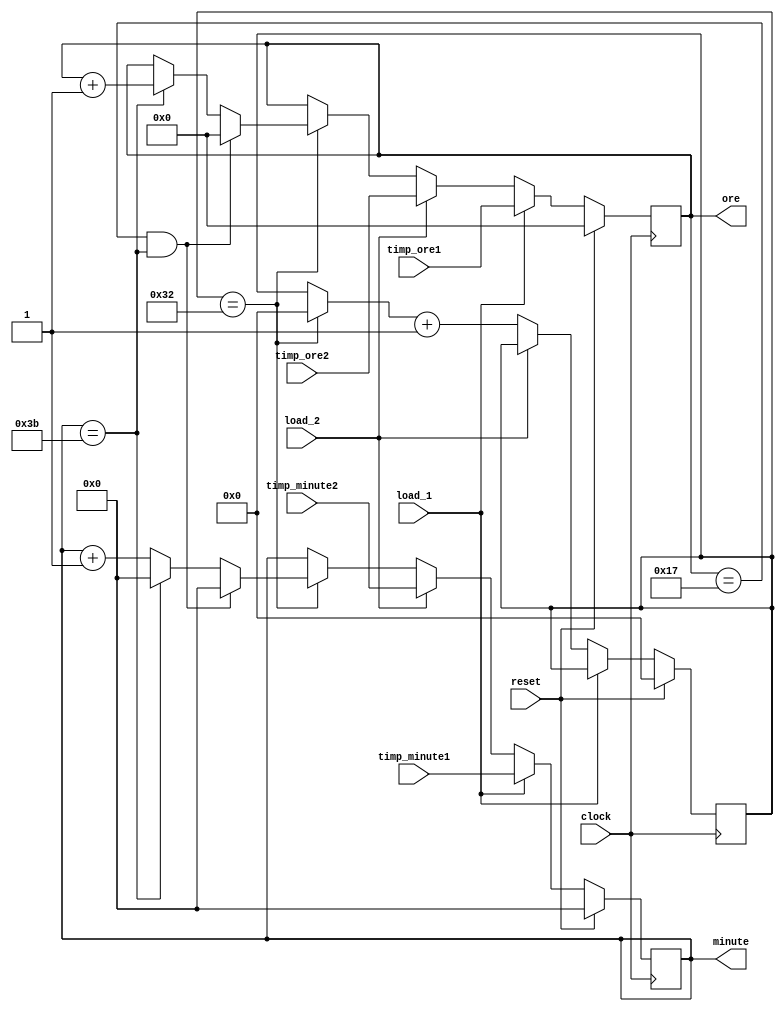
`timescale 1ns / 1ps
//////////////////////////////////////////////////////////////////////////////////
// Company: 
// Engineer: 
// 
// Design Name: 
// Module Name:    Counter-timp 
// Project Name: 
// Target Devices: 
// Tool versions: 
// Description: 
//
// Dependencies: 
//
// Revision: 
// Revision 0.01 - File Created
// Additional Comments: 
//
//////////////////////////////////////////////////////////////////////////////////
module counter_timp(
     timp_ore1,
	  timp_minute1, 
	  timp_ore2,
	  timp_minute2,
	  ore,
	  minute,
     load_1,   // pt setare manuala
     load_2,	//pt setare uart
	  clock,
	  reset
    );
	 input [4:0] timp_ore1;
	 input [5:0] timp_minute1; 
	 input [4:0] timp_ore2;
	 input [5:0] timp_minute2;
	 input load_1;
	 input load_2;
	 input clock;
	 input reset;

	 
	 output [4:0] ore;
	 output [5:0] minute;
	 
	 reg [4:0] out_ore;
	 reg [5:0] out_minute;
	 
	 reg [5:0] minute;
	 reg [4:0] ore;
	 
	 // cati cloci pt un minut  
	 reg [26:0] counter;
	 reg [26:0] counter_out;
	 
always @ (*) begin
	out_ore = ore;
	out_minute = minute;
	counter_out = counter;
	if( counter == 'd50) begin // 50000000 pt 1 secunda timp real 
		counter_out = 'd0;
			if(ore == 'd23 && minute == 'd59)  begin //la ora 23:59 se va trece la 00:00
				out_ore = 'd0;
				out_minute = 'd0;
			
			end else
				if(minute == 'd59)  begin // la minutul 59 se va trece la 00
					out_ore = out_ore + 'd1;
					out_minute = 'd0;
				end else begin
					out_minute = out_minute + 'd1;
		
				end
		 
	 end
end
	 
always @ (posedge clock) begin 
    
 if (reset == 1'b1) begin
		  minute <= 'd0;
		  ore <= 'd0;
		  counter <= 'd0;
    end else begin 
		if (load_1 == 1'b1) begin
		  ore <=    timp_ore1;
		  minute <=  timp_minute1;
		end else begin
			if (load_2 == 1'b1) begin
				ore <=    timp_ore2;
				minute <=  timp_minute2;

			end else begin
				ore <= out_ore;
				minute <= out_minute;
				counter <= counter_out + 'd1;
			end
		end
	 end 
end	 

  
 endmodule // End of M